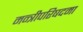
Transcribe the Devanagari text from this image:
मन्त्रीपरिषदमा